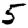
Digit: 5